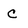
Character: C